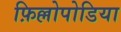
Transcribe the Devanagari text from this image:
फ़िल्लोपोडिया